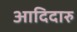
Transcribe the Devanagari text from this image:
आदिदारु